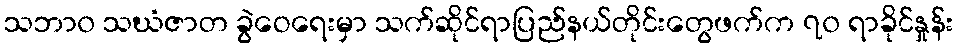
သဘာ၀ သဃံဇာတ ခွဲဝေရေးမှာ သက်ဆိုင်ရာပြည်နယ်တိုင်းတွေဖက်က ၇၀ ရာခိုင်နှုန်း